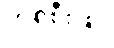
တစ်စီးဖြင့်